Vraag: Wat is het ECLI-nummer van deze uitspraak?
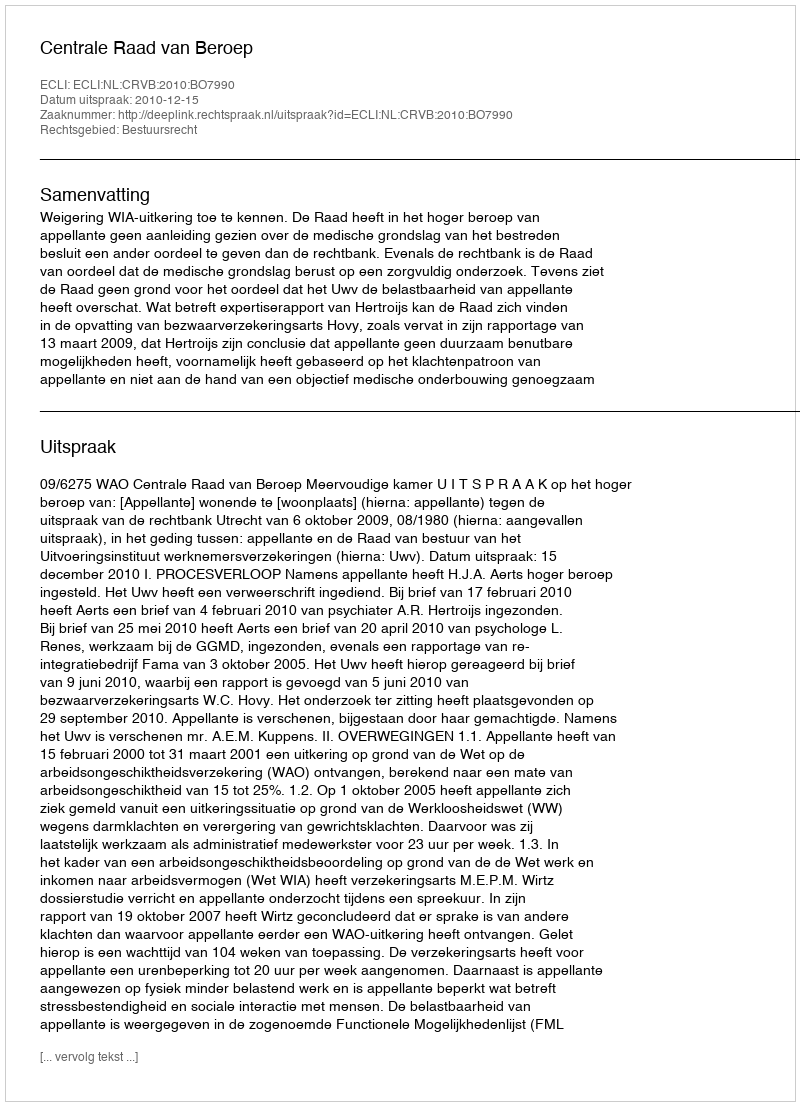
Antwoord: ECLI:NL:CRVB:2010:BO7990